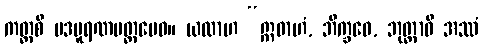
ကတ္ထစိ ပဒပူရဏမတ္တမေဝ။ ယထာဟ “ဣဓာဟံ, ဘိက္ခဝေ, ဘုတ္တာဝီ အဿံ